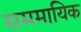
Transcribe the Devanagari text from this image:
सममायिक